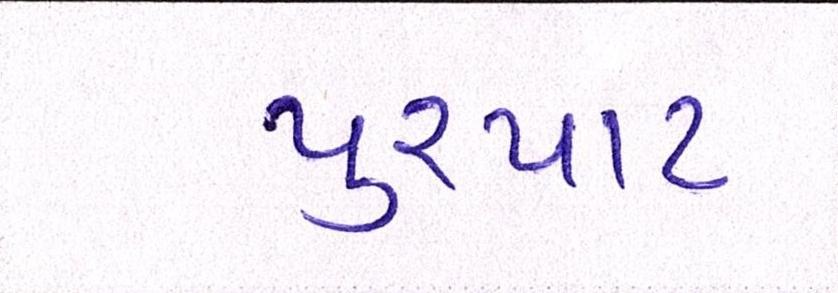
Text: પુરપાટ